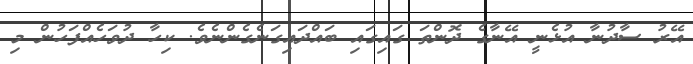
އޭރު ސާދުނާ އުޅެނީ އޭނާގެ ދޮންތަ ގައިގައި ބައްދައިގަނެގެންނެވެ. ކިހާ ދުވަހެއްފަހުން މި